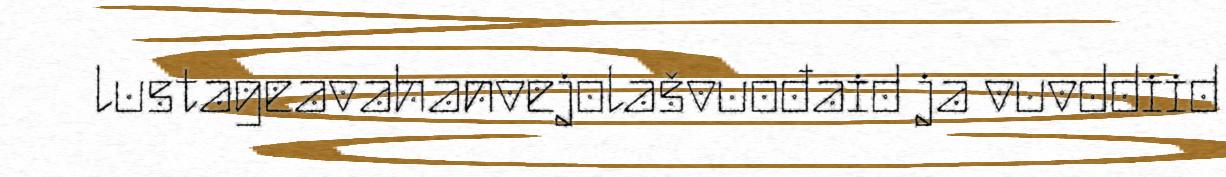
lustageavahanvejolašvuođaid ja vuvddiid